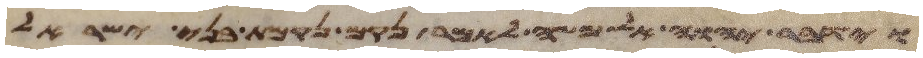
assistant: וידבר יהוה אל משה לאמר נקם נקמת בני ישראל